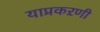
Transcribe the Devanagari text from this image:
याप्रकऱणी